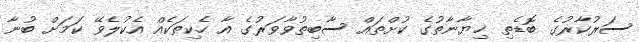
ސަރުކާރުގެ ބޮޑެތި ޚިޔާނާތުގެ ކުށްތައް ސާބިތުވާވަރުގެ އާ ހެކިތަކެއް އެކުލެވޭ ކަމަށް ބުނާ